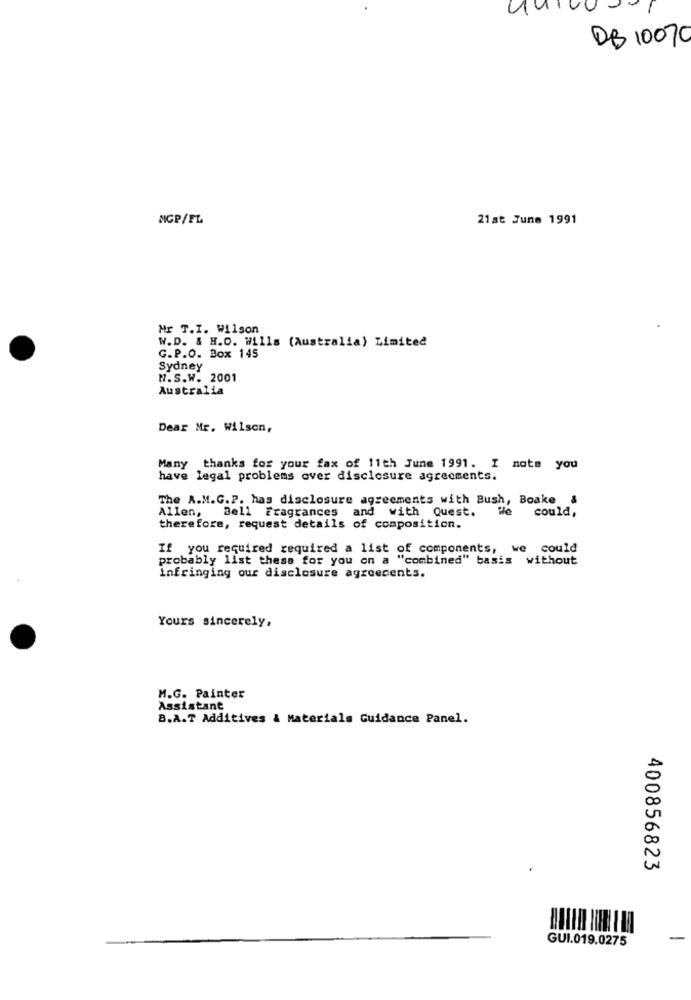
DB 10070
MGP/FL
21 at June 1991
Mr T.I. Wilson
W.D. & H.O. Wills (Australia) Limited
G.P.O. Box 145
Sydney
M.S.W. 2001
Australia
Dear Mr. Wilson,
Many thanks for your fax of 11th June 1991. I note you
have legal problems over disclosure agreements.
The A.M.G.P. has disclosure agreements with Bush, Boake &
Allen, Bell Fragrances and with Quest.
We could,
therefore, request details of composition.
If you required required a list of components, we could
probably list these for you on a "combined" basis without
infringing our disclosure agreements.
Yours sincerely,
M.G. Painter
Assistant
B.A.T Additives & Materials Guidance Panel.
400856823
GUI.019.0275
-